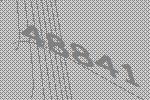
48841